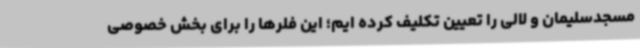
مسجدسلیمان و لالی را تعیین تکلیف کرده ایم؛ این فلرها را برای بخش خصوصی